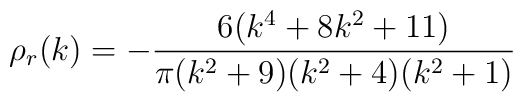
\rho_{r}(k) = - {{6 (k^4 + 8 k^2 + 11)} \over {\pi (k^2 + 9) (k^2 + 4) (k^2 + 1)}}